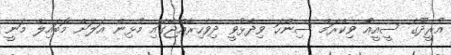
އުރީދޫގެ ސީއީއޯ ވިކްރަމް ސިންހަ ވިދާޅުވީ ދިވެހިރާއްޖޭގައި މުޅިން އަލަށް މޮބައިލް މަނީ